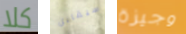
كلا سيقابل وجيزة